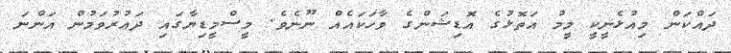
ދައްކަން މިއުޅެނީކީ މީމު އަތޮޅުގެ އޮޑިޝަންގެ ވާހަކައެއް ނޫނެވެ. މީސްމީޑިޔާގައި ދައުރުވަމުން އަންނަ